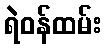
ရဲဝန်ထမ်း